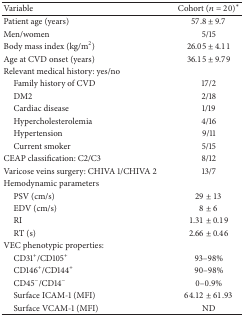
<table><thead><tr><td><b>Variable</b></td><td><b>Cohort (<i>n</i> = 20)*</b></td></tr></thead><tbody><tr><td>Patient age (years)</td><td>57.8 ± 9.7</td></tr><tr><td>Men/women</td><td>5/15</td></tr><tr><td>Body mass index (kg/m<sup>2</sup>)</td><td>26.05 ± 4.11</td></tr><tr><td>Age at CVD onset (years)</td><td>36.15 ± 9.79</td></tr><tr><td>Relevant medical history: yes/no</td><td> </td></tr><tr><td> Family history of CVD</td><td>17/2</td></tr><tr><td> DM2</td><td>2/18</td></tr><tr><td> Cardiac disease</td><td>1/19</td></tr><tr><td> Hypercholesterolemia</td><td>4/16</td></tr><tr><td> Hypertension</td><td>9/11</td></tr><tr><td> Current smoker </td><td>5/15</td></tr><tr><td>CEAP classification: C2/C3</td><td>8/12</td></tr><tr><td>Varicose veins surgery: CHIVA 1/CHIVA 2</td><td>13/7</td></tr><tr><td>Hemodynamic parameters</td><td> </td></tr><tr><td> PSV (cm/s)</td><td>29 ± 13</td></tr><tr><td> EDV (cm/s)</td><td>8 ± 6</td></tr><tr><td> RI</td><td>1.31 ± 0.19</td></tr><tr><td> RT (s)</td><td>2.66 ± 0.46</td></tr><tr><td>VEC phenotypic properties: </td><td> </td></tr><tr><td> CD31<sup>+</sup>/CD105<sup>+</sup></td><td>93–98%</td></tr><tr><td> CD146<sup>+</sup>/CD144<sup>+</sup></td><td>90–98%</td></tr><tr><td> CD45<sup>−</sup>/CD14<sup>−</sup></td><td>0–0.9%</td></tr><tr><td> Surface ICAM-1 (MFI)</td><td>64.12 ± 61.93</td></tr><tr><td> Surface VCAM-1 (MFI)</td><td>ND</td></tr></tbody></table>